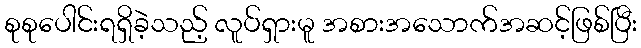
စုစုပေါင်းရရှိခဲ့သည့် လူပ်ရှားမူ အစားအသောက်အဆင့်ဖြစ်ပြီး